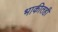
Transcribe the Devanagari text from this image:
भाकीतही